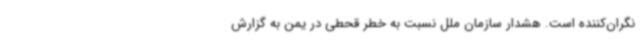
نگران‌کننده است. هشدار سازمان ملل نسبت به خطر قحطی در یمن به گزارش